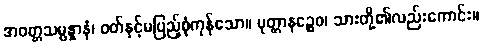
အဝတ္တသမ္ပန္နာနံ၊ ဝတ်နှင့်မပြည့်စုံကုန်သော။ ပုတ္တာနဉ္စေဝ၊ သားတို့၏လည်းကောင်း။